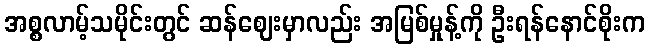
အစ္စလာမ့်သမိုင်းတွင် ဆန်ဈေးမှာလည်း အမြစ်မှုန့်ကို ဦးရန်နောင်စိုးက